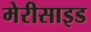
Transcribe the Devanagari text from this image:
मेरीसाइड